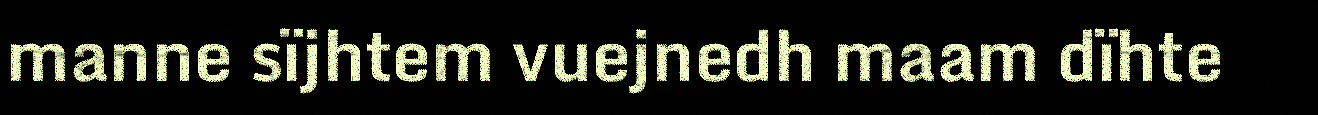
manne sïjhtem vuejnedh maam dïhte